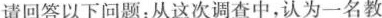
请回答以下问题：从这次调查中，认为一名教